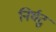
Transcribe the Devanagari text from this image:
निर्घटु